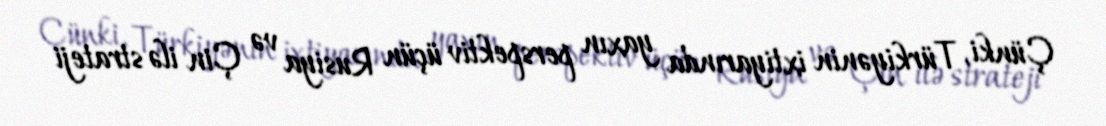
Çünki, Türkiyənin ixtiyarında yaxın perspektiv üçün Rusiya və Çin ilə strateji